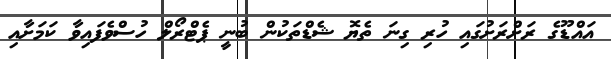
އައްޑޫގެ ރަށްރަށުގައި ހުރި ގިނަ ތެޔޮ ޝެޑްތަކުން ބުނީ ޕެޓްރޯލް ހުސްވެފައިވާ ކަމަށާއި